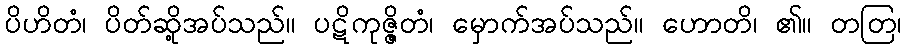
ပိဟိတံ၊ ပိတ်ဆို့အပ်သည်။ ပဋိကုဇ္ဇိတံ၊ မှောက်အပ်သည်။ ဟောတိ၊ ၏။ တတြ၊